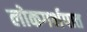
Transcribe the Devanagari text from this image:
लोकगर्भपात